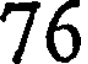
76